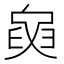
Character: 𦥺